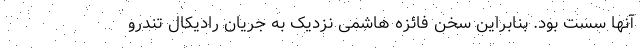
آنها سست بود. بنابراین سخن فائزه هاشمی نزدیک به جریان رادیکال تندرو